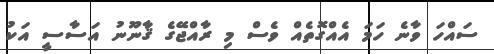
ސައްހަ ވާނެ ހަމަ އެއްގޮތެއް ވެސް މި ރާއްޖޭގެ ޤާނޫނު އަސާސީ އަކު